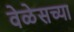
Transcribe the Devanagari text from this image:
वेळेसच्या